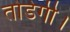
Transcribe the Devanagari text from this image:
तोडेगी।